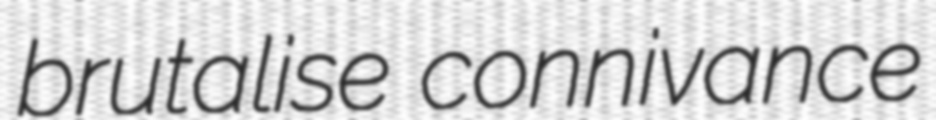
brutalise connivance